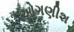
ઓગણીશ